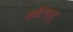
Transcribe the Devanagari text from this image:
मॉंटेग्यू